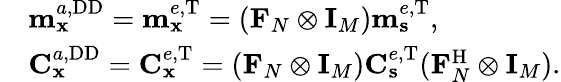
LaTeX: \begin{array}{rl}&{\mathbf{m}_{\mathbf{x}}^{a,\mathrm{DD}}=\mathbf{m}_{\mathbf{x}}^{e,\mathrm{T}}=(\mathbf{F}_{N}\otimes\mathbf{I}_{M})\mathbf{m}_{\mathbf{s}}^{e,\mathrm{T}},}\\ &{\mathbf{C}_{\mathbf{x}}^{a,\mathrm{DD}}=\mathbf{C}_{\mathbf{x}}^{e,\mathrm{T}}=(\mathbf{F}_{N}\otimes\mathbf{I}_{M})\mathbf{C}_{\mathbf{s}}^{e,\mathrm{T}}(\mathbf{F}_{N}^{\mathrm{H}}\otimes\mathbf{I}_{M}).}\end{array}